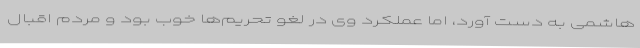
هاشمی به دست آورد، اما عملکرد وی در لغو تحریم‌ها خوب بود و مردم اقبال